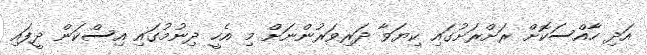
އަދި ހާއްސަކޮށް ރަށްރަށުގައި ކިޔަވާ ދަރިވަރުންނަށް މި އެހީ ދިނުމުގައި އިސްކަން ދީފައި